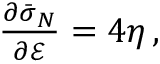
\begin{array} { r } { \frac { \partial \bar { \boldsymbol { \sigma } } _ { N } } { \partial \mathcal { E } } = 4 \eta \, , } \end{array}